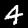
Digit: 4